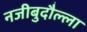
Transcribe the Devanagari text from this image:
नजीबुदौल्ला